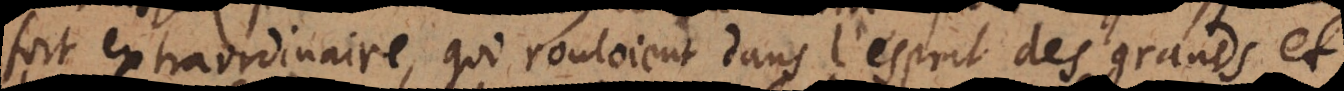
fort extraordinaire, qui rouloient dans l’esprit des grands et